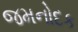
જમનોદક